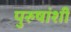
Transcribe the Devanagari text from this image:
पुरुषांशीं